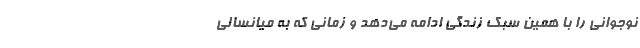
نوجوانی را با همین سبک زندگی ادامه می‌دهد و زمانی که به میانسالی